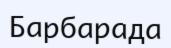
Барбарада